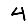
Digit: 4